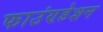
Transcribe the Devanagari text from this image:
फाउंण्डेशन